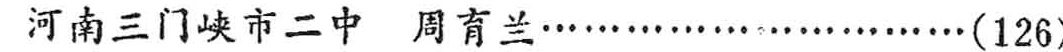
河南三门峡市二中 周育兰\ldots\ldots\ldots\ldots\ldots\ldots\ldots\ldots(126)